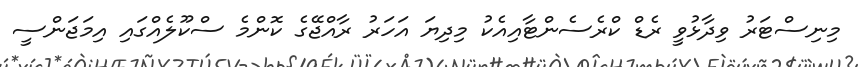
މިނިސްޓަރު ވިދާޅުވީ ރެޑް ކްރެސެންޓާއިއެކު މިދިޔަ އަހަރު ރާއްޖޭގެ ކޮންމެ ސްކޫލެއްގައި އިމަޖަންސީ